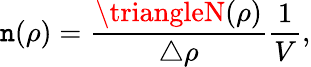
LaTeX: \mathtt{n}(\rho)=\frac{{\triangleN(\rho)}}{{\triangle\rho}}\frac{{1}}{{V}},